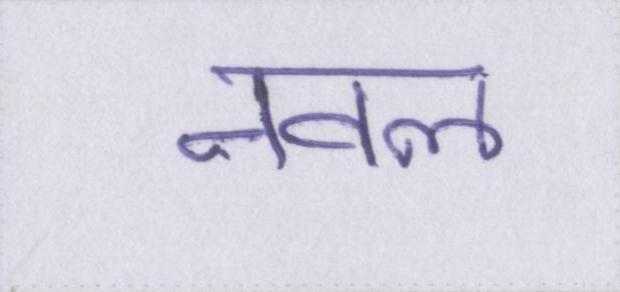
नवल